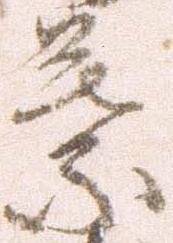
葉